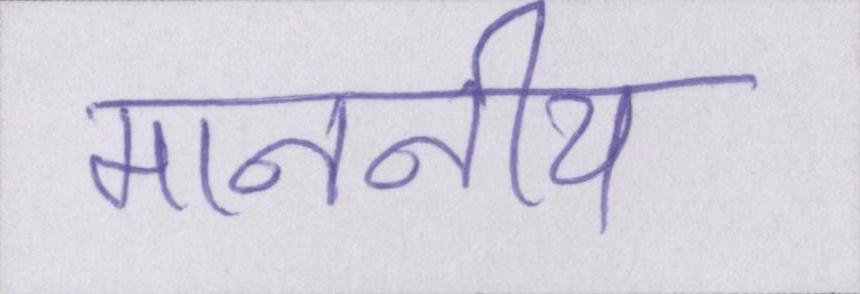
माननीय